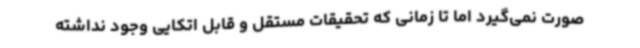
صورت نمی‌گیرد اما تا زمانی که تحقیقات مستقل و قابل اتکایی وجود نداشته